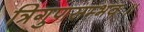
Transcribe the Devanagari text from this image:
त्रिगुणसम्भवः॥